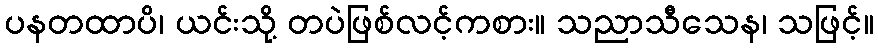
ပနတထာပိ၊ ယင်းသို့ တပဲဖြစ်လင့်ကစား။ သညာသီသေန၊ သဖြင့်။